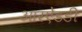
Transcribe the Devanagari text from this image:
आरऐंडडी